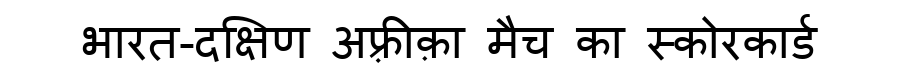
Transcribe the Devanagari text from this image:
भारत-दक्षिण अफ़्रीक़ा मैच का स्कोरकार्ड